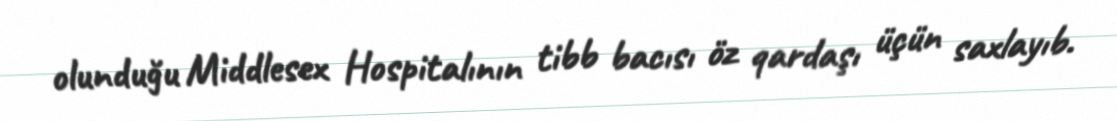
olunduğu Middlesex Hospitalının tibb bacısı öz qardaşı üçün saxlayıb.